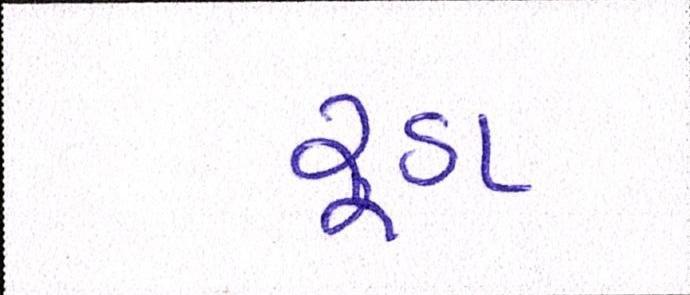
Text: રૂડા